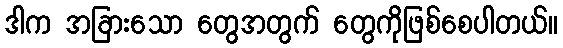
ဒါက အခြားသော တွေအတွက် တွေကိုဖြစ်စေပါတယ်။